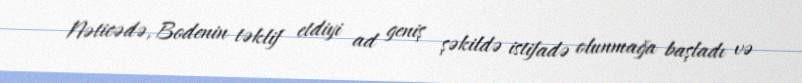
Nəticədə, Bodenin təklif etdiyi ad geniş şəkildə istifadə olunmağa başladı və